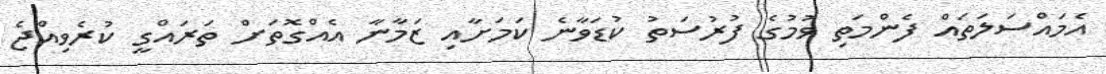
އެމައްސަލަތައް ފެންމަތި ވުމުގެ ފުރުސަތު ކުޑަވާނެ ކަމަށާއި ޒަމާނާ އެއްގޮތަށް ތަރައްގީ ކުރެވިއްޖެ